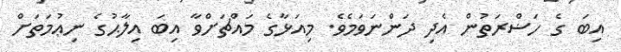
އިބަ ގެ ހަޟްރަތުން އެދި ދަންނަވަމެވެ. މިއަޅާގެ މައްޗަށްވާ އިބަ އިލާޙުގެ ނިޢުމަތަށް